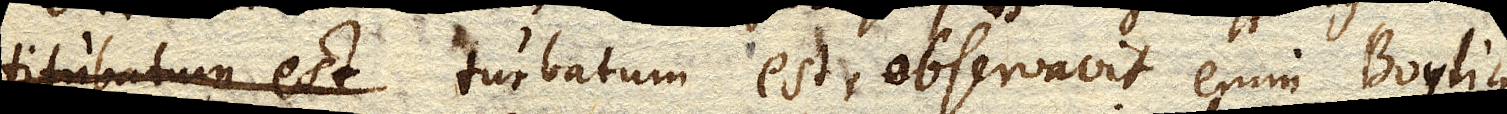
titubatum est turbatum est, observavit enim Boylius